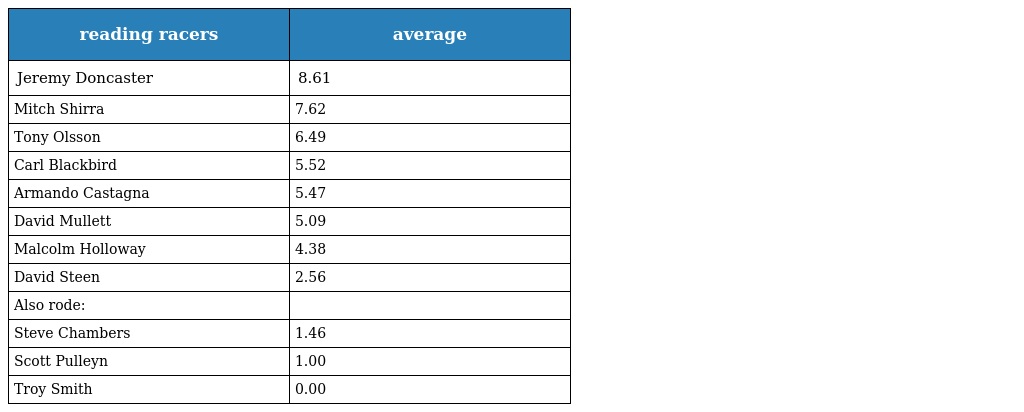
| reading racers | average |
 | --- | --- |
 | Jeremy Doncaster | 8.61 |
 | Mitch Shirra | 7.62 |
 | Tony Olsson | 6.49 |
 | Carl Blackbird | 5.52 |
 | Armando Castagna | 5.47 |
 | David Mullett | 5.09 |
 | Malcolm Holloway | 4.38 |
 | David Steen | 2.56 |
 | Also rode: |  |
 | Steve Chambers | 1.46 |
 | Scott Pulleyn | 1.00 |
 | Troy Smith | 0.00 |